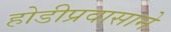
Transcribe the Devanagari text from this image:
होडीप्रवासाने